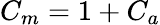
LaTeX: C_{m}=1+C_{a}